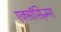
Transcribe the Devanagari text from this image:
एक्सॉसिज़्म्स